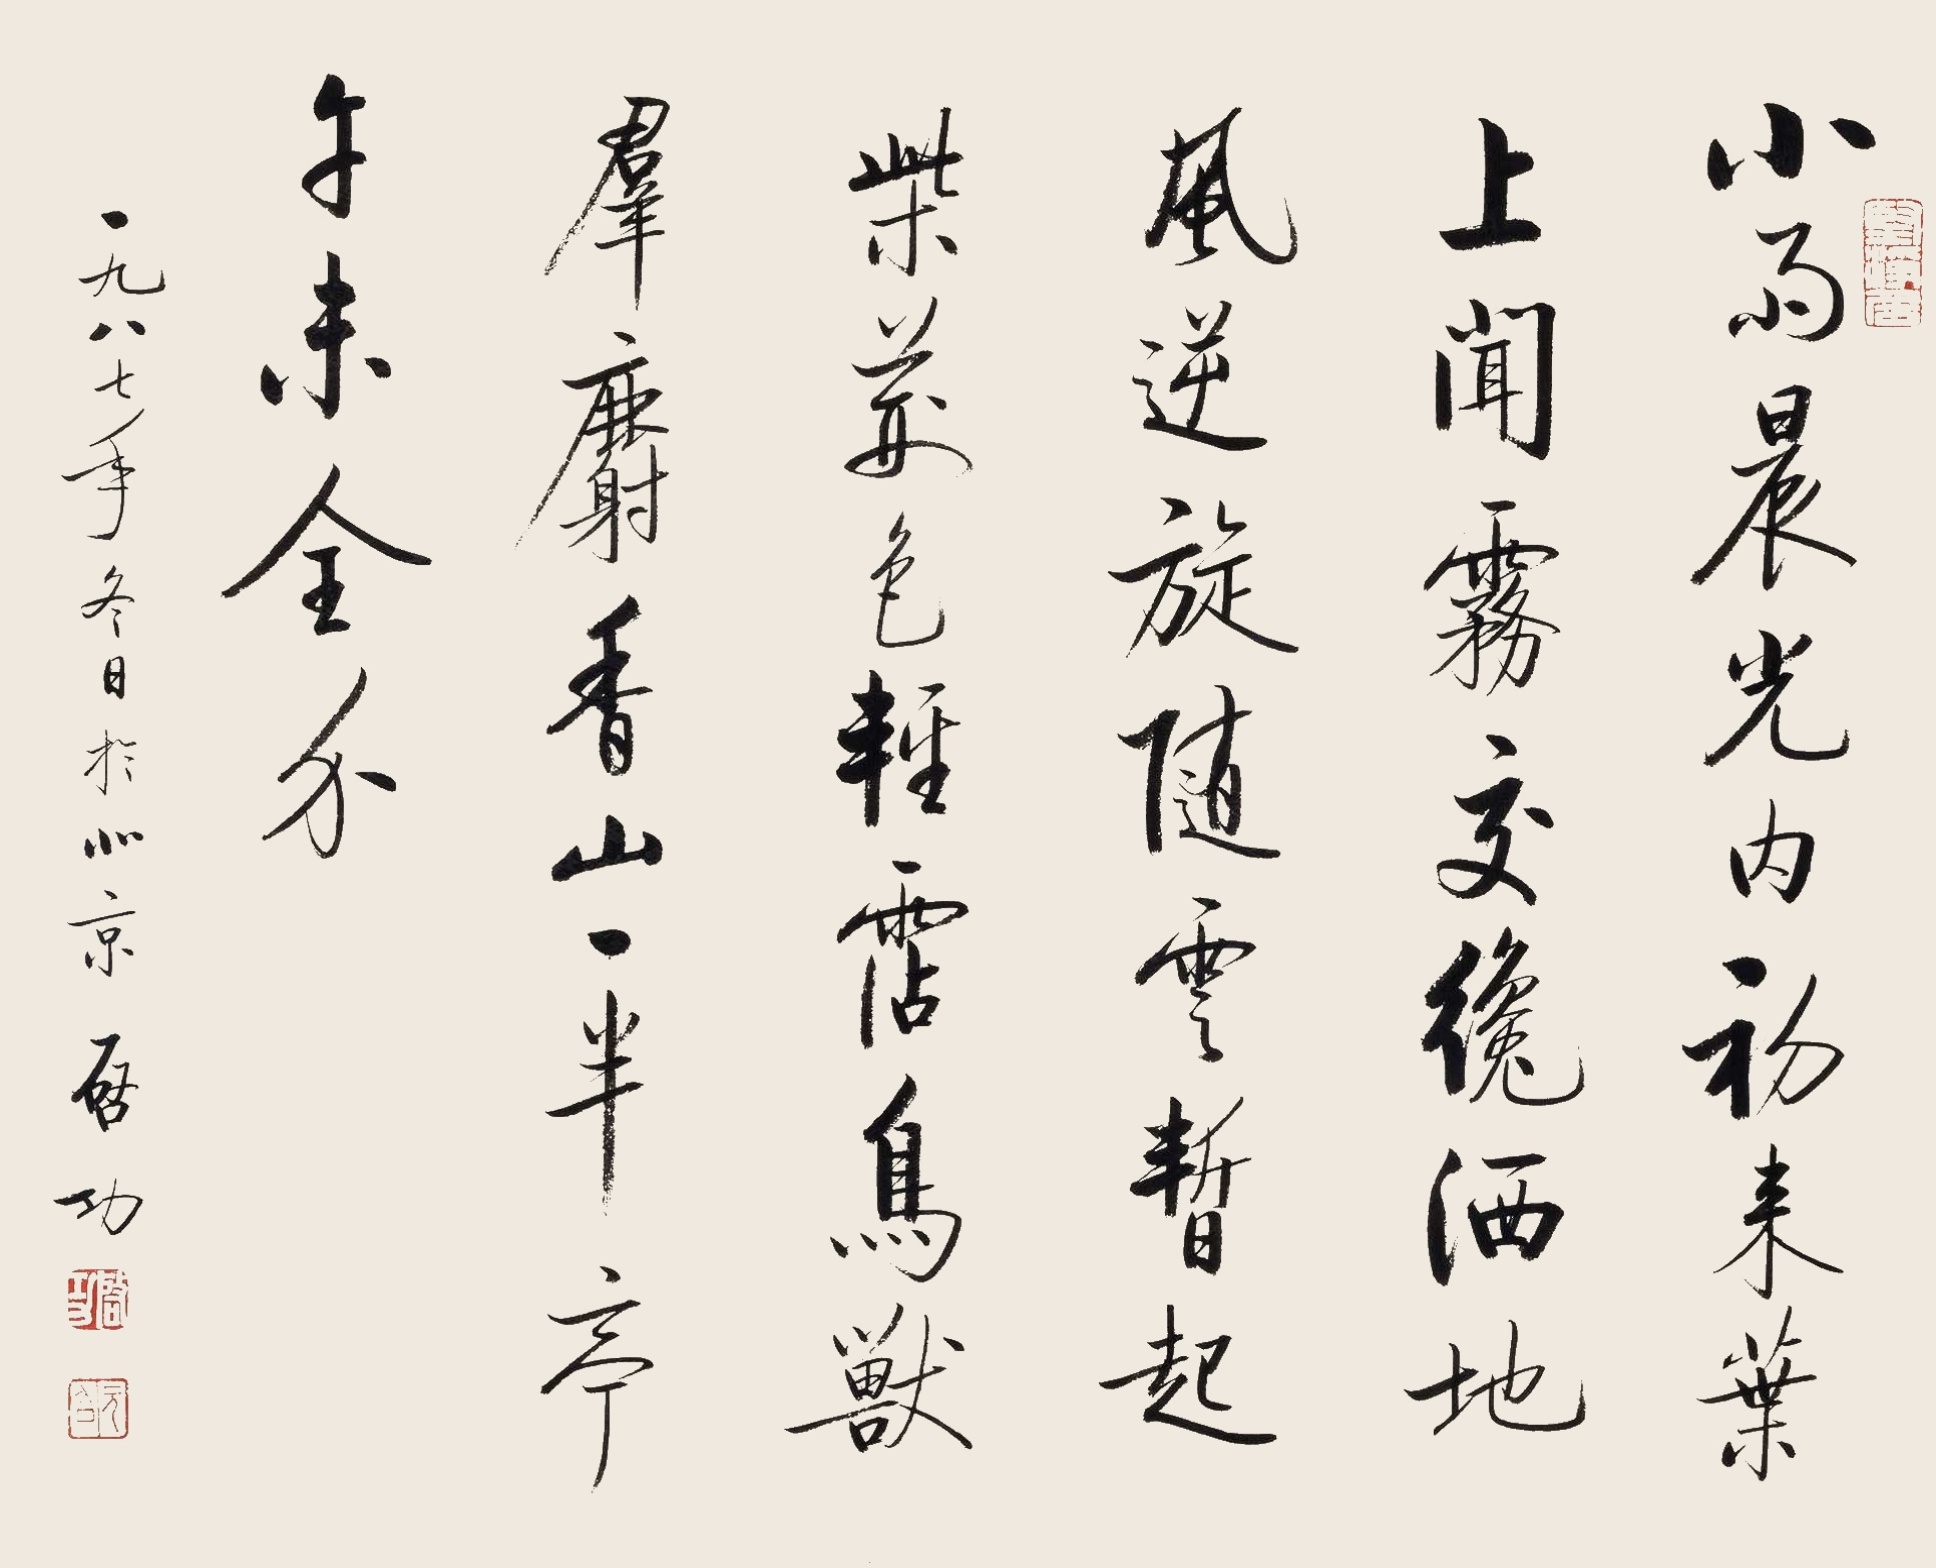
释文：小雨晨光内，初来叶上闻。雾交才洒地，风逆旋随云。暂起柴荆色，轻沾鸟兽群。麝香山一半，亭午未全分。一九八七年冬日于北京，启功。